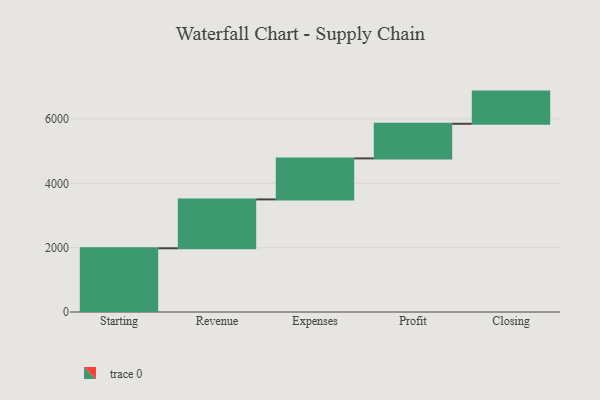
{"axis": {"x": "Step", "y": "Value"}, "legend": [""], "data": [{"x": "Starting", "y": 1980.0, "type": ""}, {"x": "Revenue", "y": 1520.0, "type": ""}, {"x": "Expenses", "y": 1275.0, "type": ""}, {"x": "Profit", "y": 1076.0, "type": ""}, {"x": "Closing", "y": 1000, "type": ""}]}